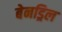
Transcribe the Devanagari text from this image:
बेनड्रिल